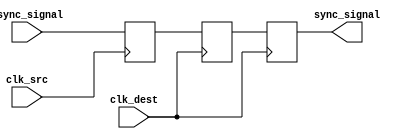
module triple_ff_synchronizer (
    input wire async_signal,   // Input signal from the source clock domain
    input wire clk_src,        // Clock signal of the source domain
    input wire clk_dest,       // Clock signal of the destination domain
    output reg sync_signal      // Synchronized output signal in the destination clock domain
);

    // Intermediate signals for the flip-flops
    reg ff1_out;               // Output of the first flip-flop
    reg ff2_out;               // Output of the second flip-flop

    // First flip-flop (FF1) - triggered by clk_src
    always @(posedge clk_src) begin
        ff1_out <= async_signal; // Capture async_signal on the rising edge of clk_src
    end

    // Second flip-flop (FF2) - triggered by clk_dest
    always @(posedge clk_dest) begin
        ff2_out <= ff1_out;      // Capture output of FF1 on the rising edge of clk_dest
    end

    // Third flip-flop (FF3) - triggered by clk_dest
    always @(posedge clk_dest) begin
        sync_signal <= ff2_out;   // Capture output of FF2 on the rising edge of clk_dest
    end

endmodule